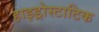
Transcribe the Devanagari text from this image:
हाइड्रोस्टाटिक